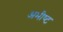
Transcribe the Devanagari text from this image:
अभीष्‍ट